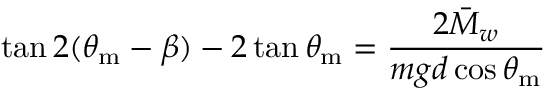
\tan 2 ( \theta _ { \mathrm { m } } - \beta ) - 2 \tan \theta _ { \mathrm { m } } = \frac { 2 \bar { M } _ { w } } { m g d \cos \theta _ { \mathrm { m } } }